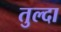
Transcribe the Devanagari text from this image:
तुल्दा